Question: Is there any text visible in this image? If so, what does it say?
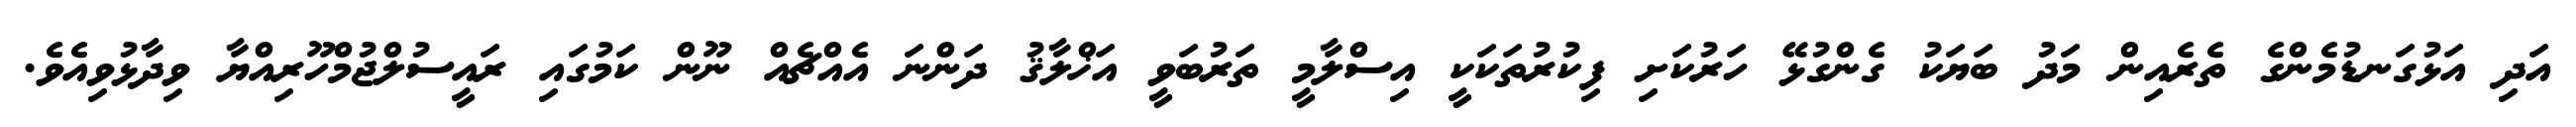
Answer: އަދި އަޅުގަނޑުމެންގެ ތެރެއިން މަދު ބަޔަކު ގެންގުޅޭ ހަރުކަށި ފިކުރުތަކަކީ އިސްލާމީ ތަރުބަވީ އަޚްލާޤު ދަންނަ އެއްޗެއް ނޫން ކަމުގައި ރައީސުލްޖުމްހޫރިއްޔާ ވިދާޅުވިއެވެ.